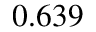
0 . 6 3 9